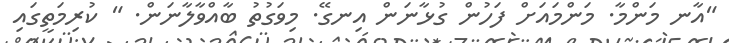
"އާނ މަންމާ. މަންމައަށް ފަހުން ގުޅާނަން އިނގޭ. މިވަގުތު ބާއްވާލާނަން. " ކުރިމަތީގައި